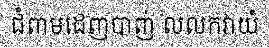
ជំពាមដេញបាញ់ លលកវាយំ